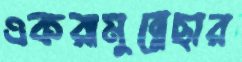
একরামুন্নেছার